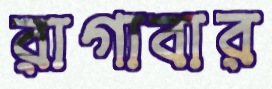
রাগাবার